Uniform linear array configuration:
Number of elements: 24
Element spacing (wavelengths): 0.75
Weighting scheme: uniform
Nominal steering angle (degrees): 15
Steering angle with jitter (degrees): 15.806
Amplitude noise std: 0.05
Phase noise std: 0.05

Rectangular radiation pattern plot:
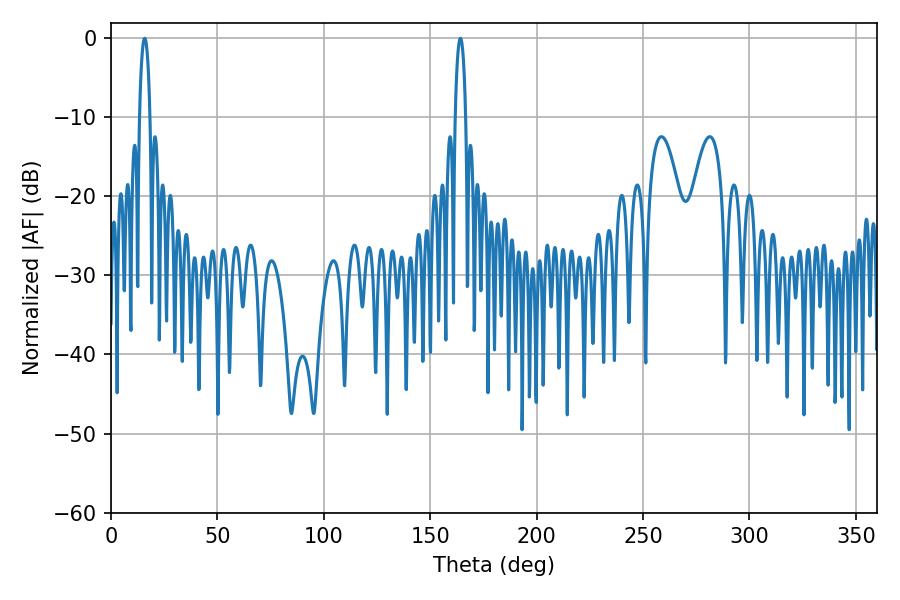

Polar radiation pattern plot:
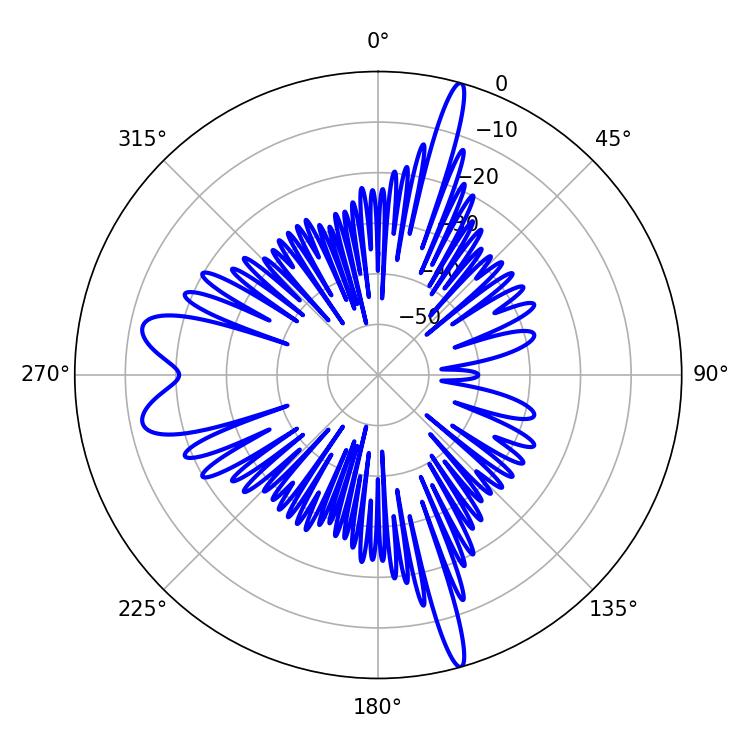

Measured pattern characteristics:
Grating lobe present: TRUE
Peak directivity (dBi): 22.965
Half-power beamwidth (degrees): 2.88
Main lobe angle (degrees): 15.84